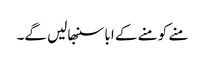
منے کو منے کے ابا سنبھالیں گے۔